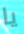
يا